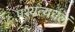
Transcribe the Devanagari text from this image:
पश्यत्यचलं